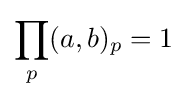
\prod _{p}(a,b)_{p}=1